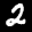
Label: 2